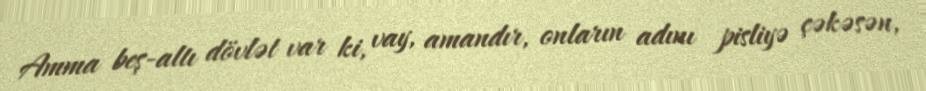
Amma beş-altı dövlət var ki, vay, amandır, onların adını pisliyə çəkəsən,